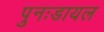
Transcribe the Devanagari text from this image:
पुनःडायल